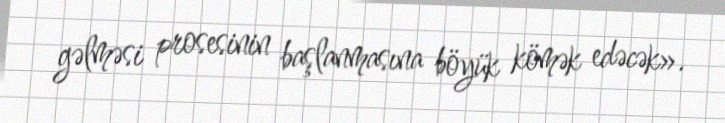
gəlməsi prosesinin başlanmasına böyük kömək edəcək».